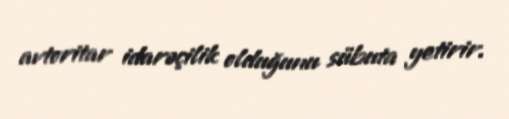
avtoritar idarəçilik olduğunu sübuta yetirir.